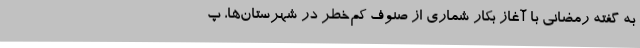
به گفته رمضانی با آغاز بکار شماری از صنوف کم‌خطر در شهرستان‌ها، پ